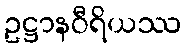
ဥဋ္ဌာနဝီရိယဿ